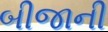
બીજાની